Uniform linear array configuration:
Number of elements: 64
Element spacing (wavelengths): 0.5
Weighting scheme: uniform
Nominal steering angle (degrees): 30
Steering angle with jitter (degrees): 31.665
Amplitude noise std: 0.05
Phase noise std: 0.05

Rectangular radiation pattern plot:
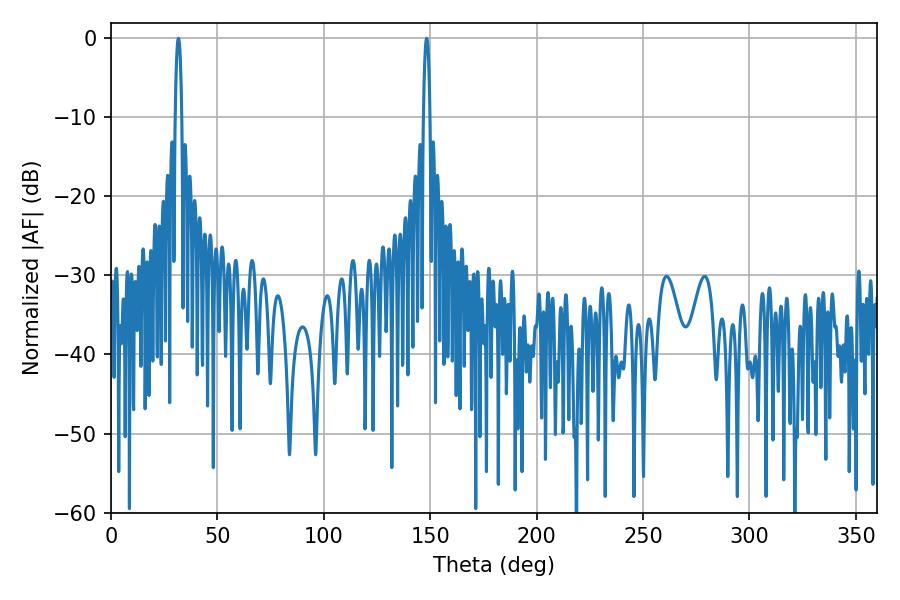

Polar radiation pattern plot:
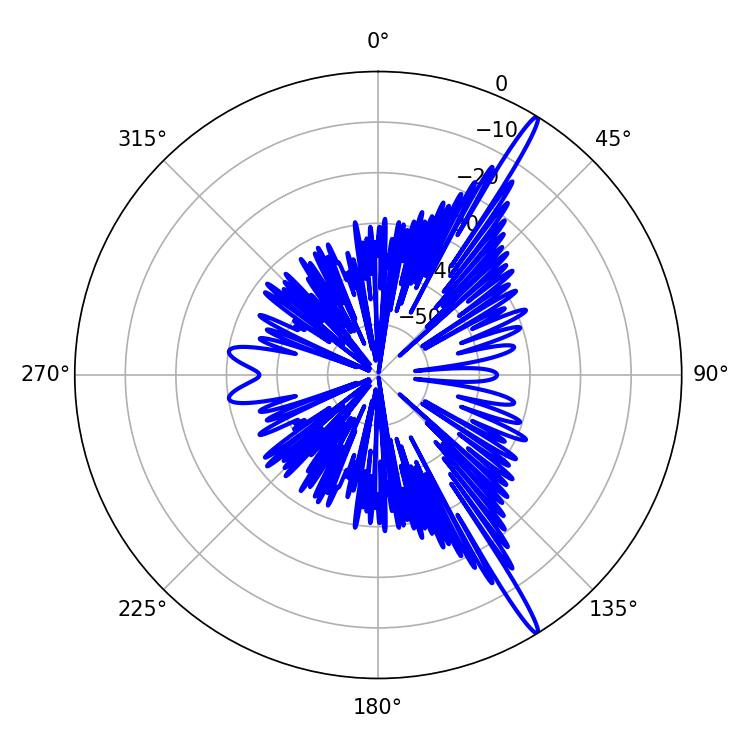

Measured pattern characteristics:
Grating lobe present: FALSE
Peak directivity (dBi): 17.174
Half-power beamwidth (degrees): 1.8
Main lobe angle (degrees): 31.68